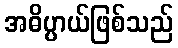
အဓိပ္ပာယ်ဖြစ်သည်